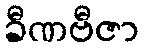
ခီဏဗီဇာ